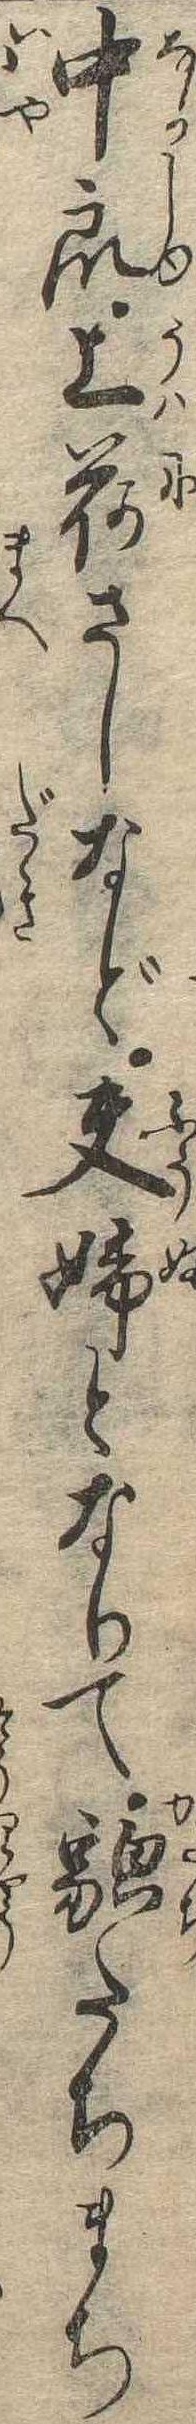
中衆上荷さしなど夫婦となりて貌たちまち